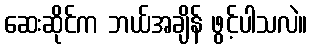
ဆေးဆိုင်က ဘယ်အချိန် ဖွင့်ပါသလဲ။